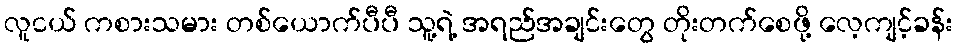
လူငယ် ကစားသမား တစ်ယောက်ပီပီ သူ့ရဲ့ အရည်အချင်းတွေ တိုးတက်စေဖို့ လေ့ကျင့်ခန်း